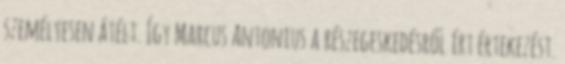
személyesen átélt. Így Marcus Antonius a részegeskedésről írt értekezést.